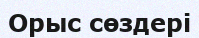
Орыс сөздері